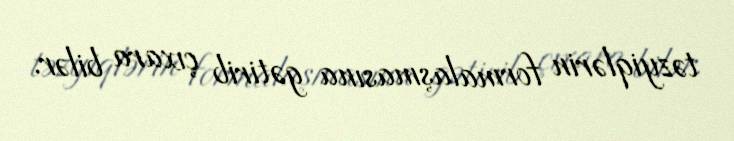
təzyiqlərin formalaşmasına gətirib çıxara bilər.